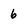
Character: 6